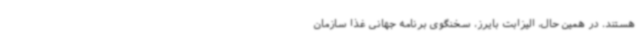
هستند. در همین حال، الیزابت بایرز، سخنگوی برنامه جهانی غذا سازمان